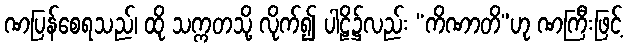
ဏပြန်စေရသည်၊ ထို သက္ကတသို့ လိုက်၍ ပါဠိ၌လည်း “ကိဏာတိ”ဟု ဏကြီးဖြင့်